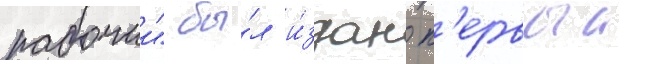
рабочии" бы́л и́здан п'ервыи